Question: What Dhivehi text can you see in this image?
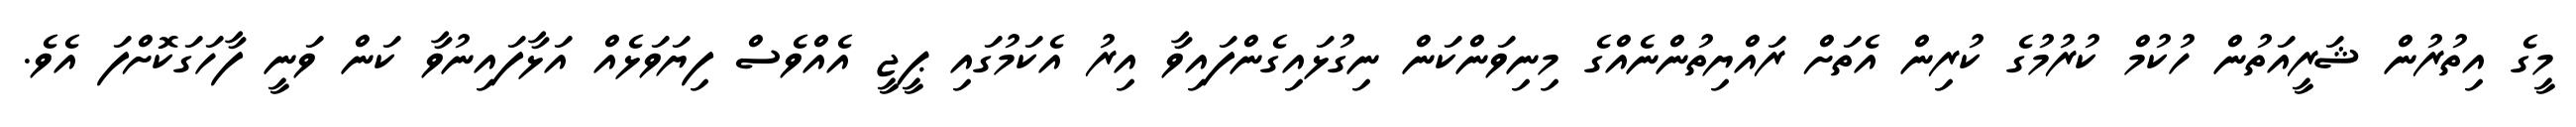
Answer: މީގެ އިތުރުން ޝަރީއަތުން ހުކުމް ކުރުމުގެ ކުރިން އެތަށް ރައްޔިތުންނެއްގެ މިނިވަންކަން ނިގުޅައިގެންފައިވާ އިރު އެކަމުގައި ޕީޖީ އެއްވެސް ފިޔަވަޅެއް އަޅާފައިނުވާ ކަން ވަނީ ފާހަގަކޮށްފަ އެވެ.